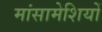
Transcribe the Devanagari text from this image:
मांसामेशियों